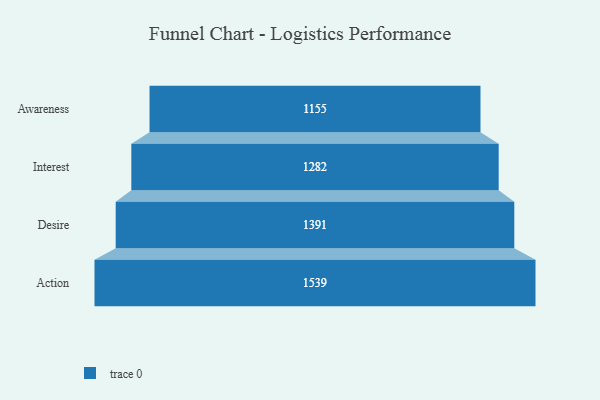
{"axis": {"x": "Stage", "y": "Value"}, "legend": [""], "data": [{"x": "Awareness", "y": 1155.0, "type": ""}, {"x": "Interest", "y": 1282.0, "type": ""}, {"x": "Desire", "y": 1391.0, "type": ""}, {"x": "Action", "y": 1539.0, "type": ""}]}